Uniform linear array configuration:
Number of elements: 64
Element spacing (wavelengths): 0.75
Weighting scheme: hamming
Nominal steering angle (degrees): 30
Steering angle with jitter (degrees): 31.877
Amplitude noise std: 0.05
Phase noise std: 0.05

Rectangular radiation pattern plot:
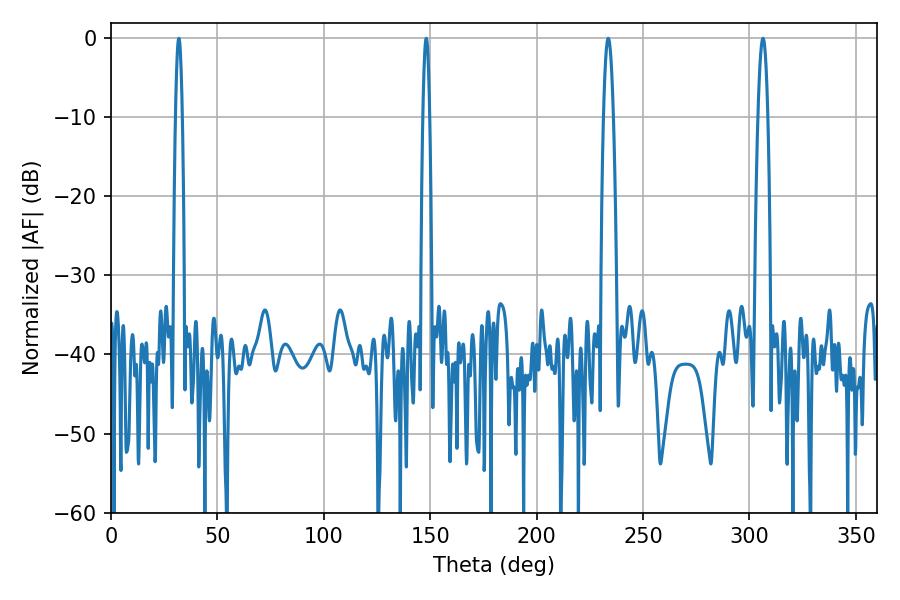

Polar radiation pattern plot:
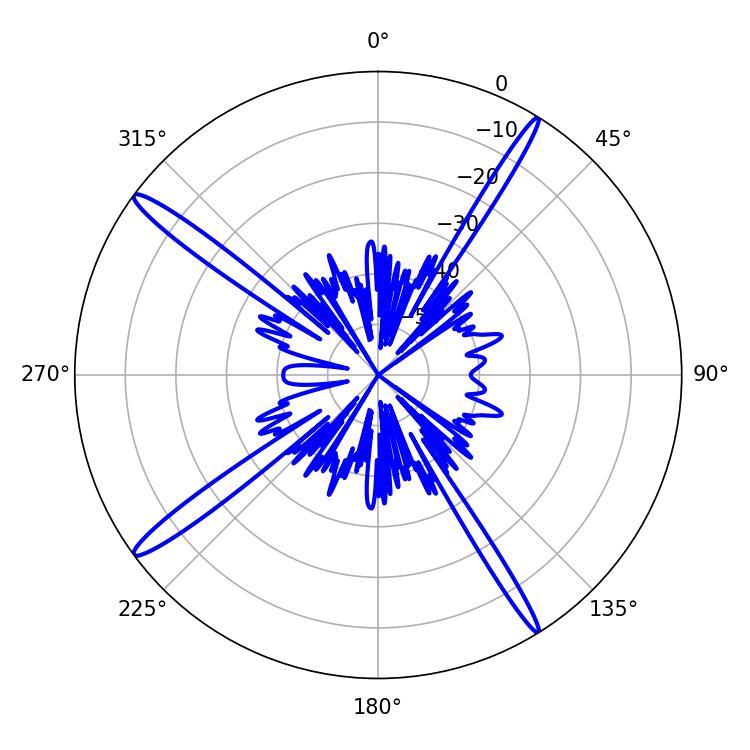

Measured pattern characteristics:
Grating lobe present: TRUE
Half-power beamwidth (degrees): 2.52
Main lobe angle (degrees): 233.64